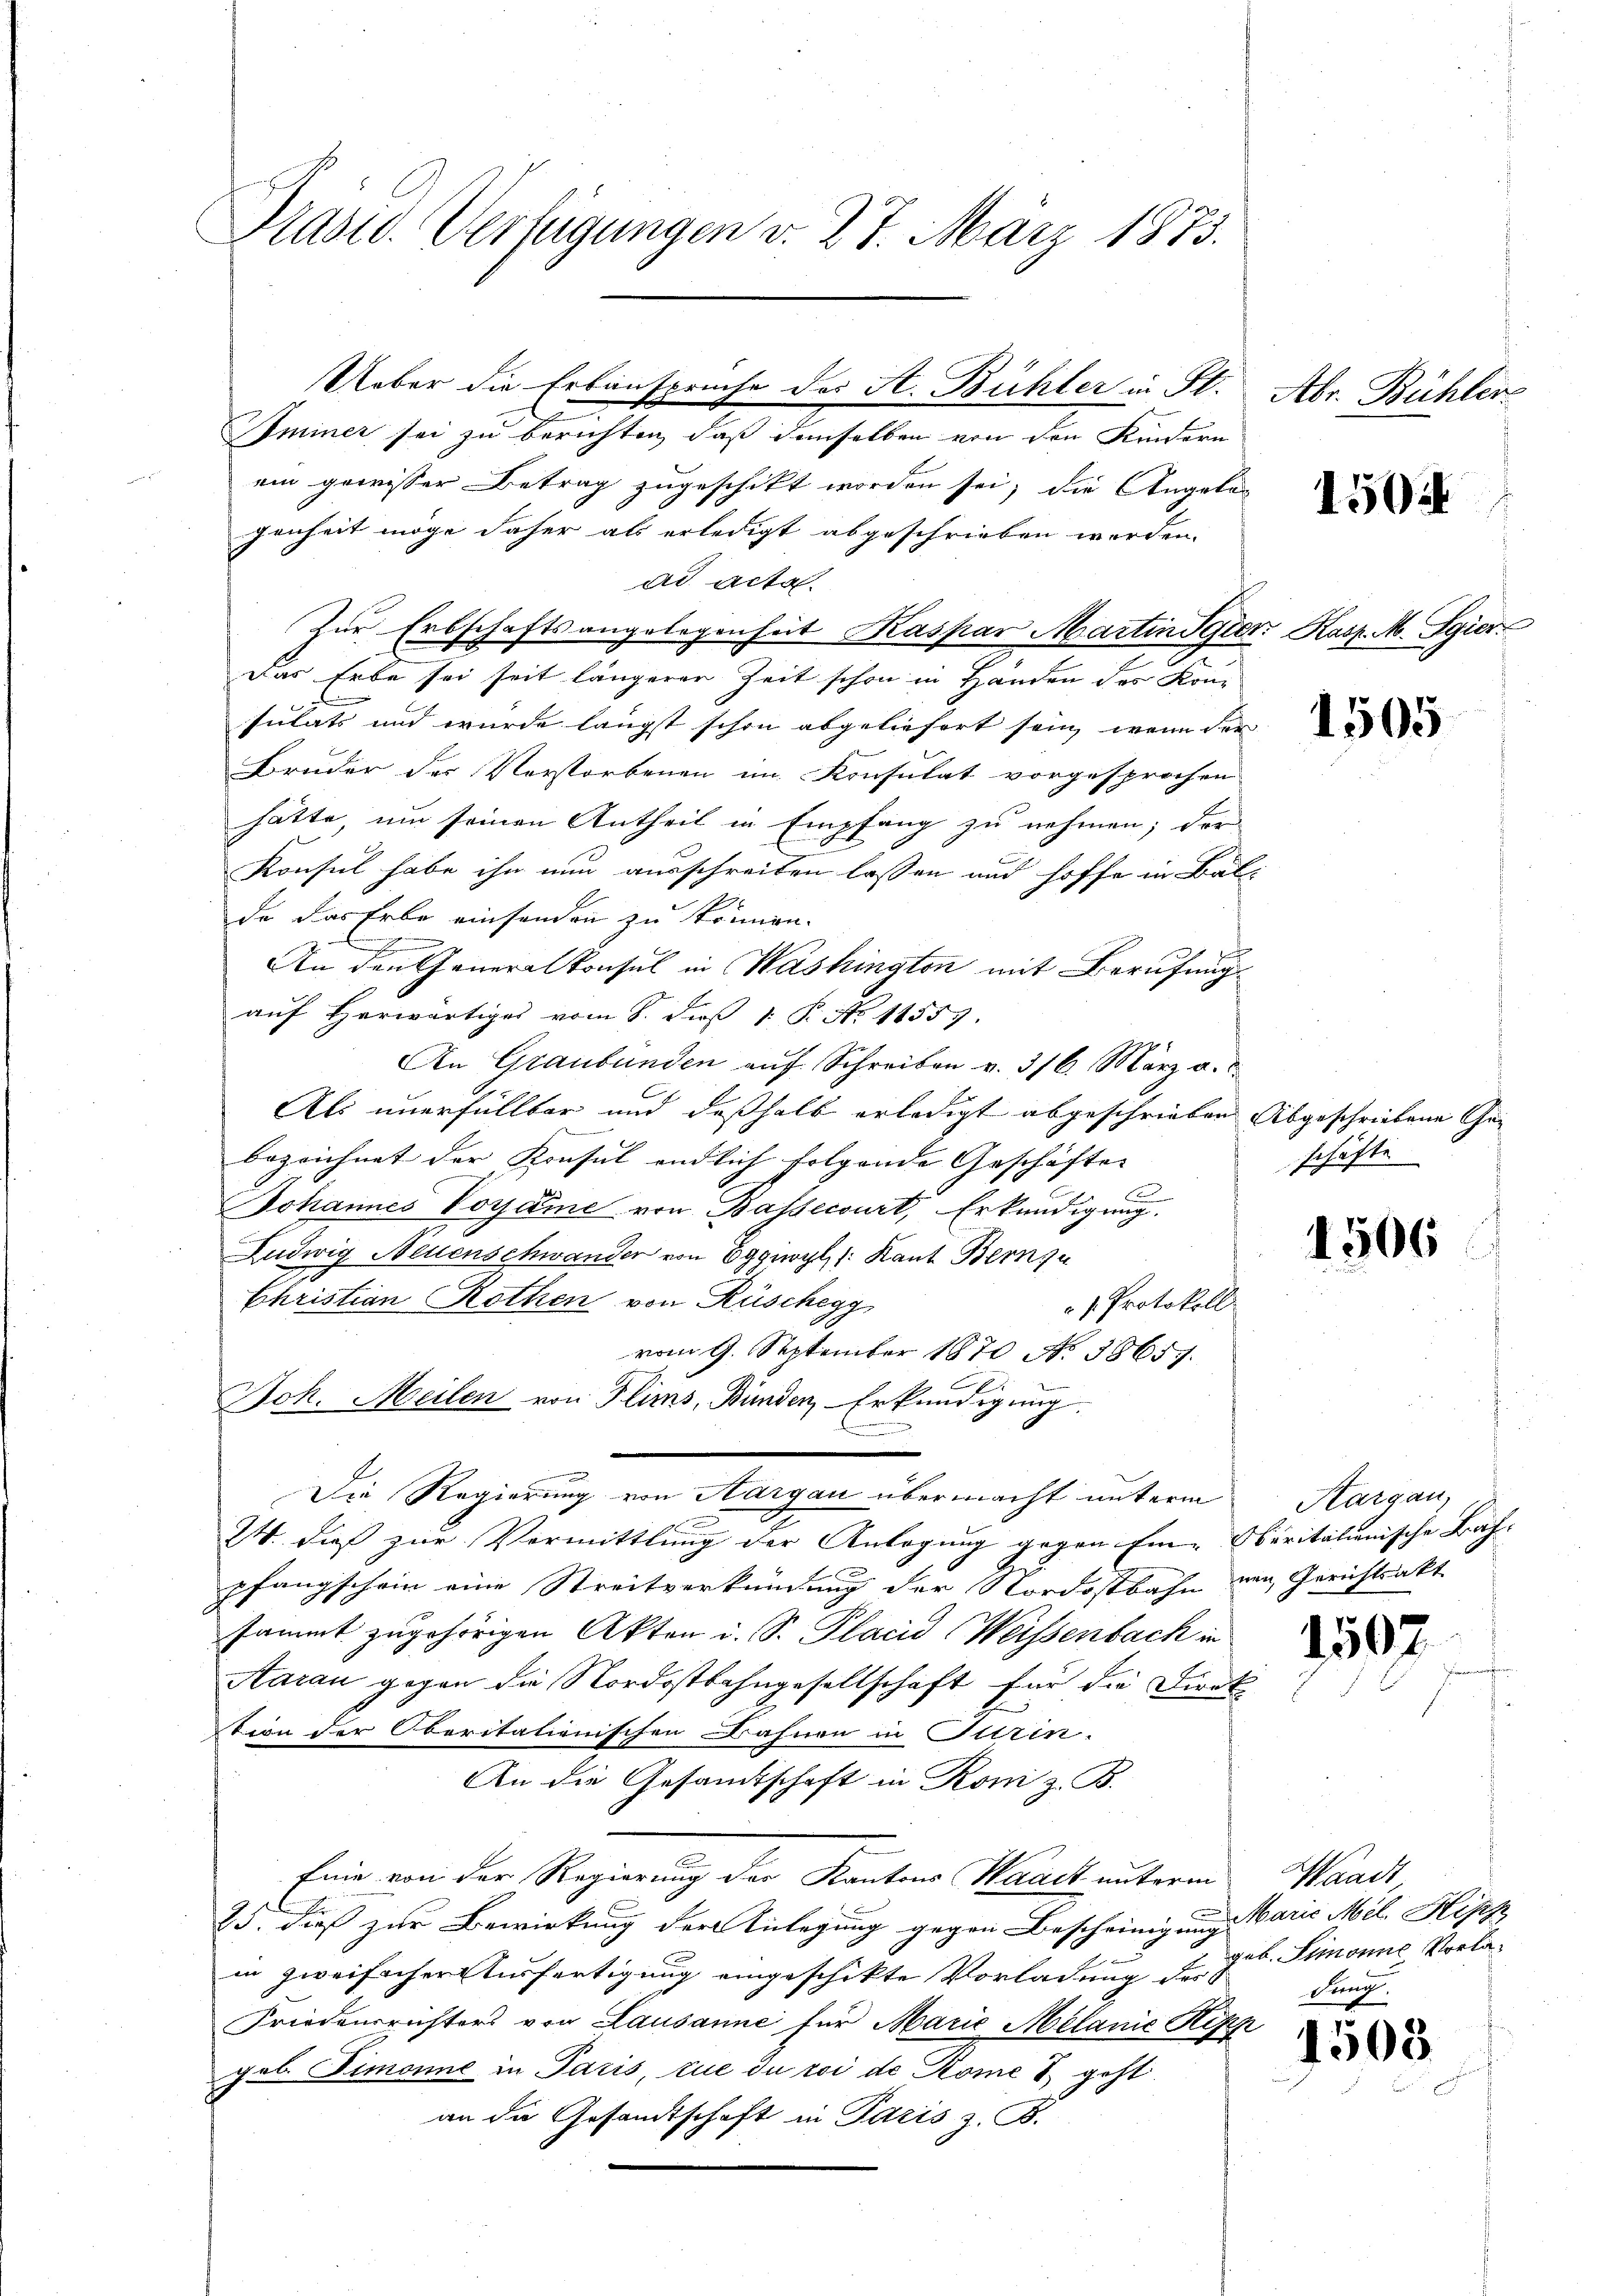
Präsid. Verfügungen v. 27. März 1873.

Sminer sei zu berichten, daß demselben von den Kindern
ein gewisser Betrag zugeschikt worden sei; die Angelagenheit möge daher als erledigt abgeschrieben worden.
ad acta.
Zur Erbschaftsangelegenheit Kaspar Martin Syrer Kasp. M. Sgier
Das Erbe sei seit längerer Zeit schon in Handen des Kon-
sulats und wurde längst schon abgeliefert sein, wenn der
Bruder der Verstorbenen im Konsulat vorgesprochen
hätte, um seinen Antheil in Empfang zu nehmen; der
Konsul habe ihn nun ausschreiben lassen und hoffe in Balda das Erbe einsenden zu können.
An den Generalkonsul in Washingten mit Berufungsaŭf herwärtiges vom 8. dieß 1 R. No 11559.
An Graubünden aŭf Schreiben v. 316. März a. c.
Als unerfüllbar und deßhalb erledigt abgeschrieben Abgeschriebene Ge-
bezeichnet der Konsul endlich folgende Geschäfte |
Johannes Voyame von Bassecourt, Erkundigung.
Ludwig Neuenschwander von Eggnoyl /: Kant Bernsu
Christian Rothen von Rüschegg
. Protokoll
vom 9. September 1870 N. 38657.
Joh. Meilen von Flims, Bunden, Erkundigung.
Die Regierung von Aargau übermacht unterm Aargau,
24. dieß zur Vermittlung der Anlagung gegen Ein-Oberitationische Bah-
pfangschein eine Streitverkündung der Nordostbahn von Gerichtsakt
sammt zugehörigen Akten u. S. Placid (Weisenbach in
Aarau gegen die Nordostbahngesellschaft für die Direk
tion der Oberitationischen Bahnen in Turin.
An die Gesandtschaft in Roni z. B.
fene von der Regierung der Kantons Waadt unterm Waadt,
25. dieß zur Bewirkung der Anlegung gegen Bescheinigung
in zweifachen Ausfertigung eingeschikte Vorladung der
Friedensrichters von Lausanne für Marie Melanić Ripp
geb. Zimonie in Paris, tue du roi de Kome & geht
an die Gesandtschaft in Paris z. B.

Ueber die Erbansprüche des A. Bühler in St.

Abr. Bühler

1504

1505

schäfte

1506

1507

Marie Mel. Hisch
geb. Simonie Vorla¬
Fung.

4503